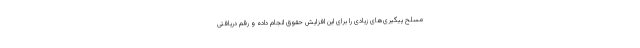
مسلح پیگیری‌های زیادی را برای این افزایش حقوق انجام داده و رقم دریافتی